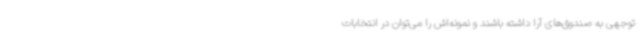
توجهی به صندوق‌های آرا داشته باشند و نمونه‌اش را می‌توان در انتخابات